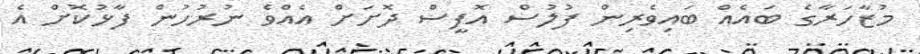
މުޒާހަރާގެ ބައެއް ބައިވެރިން ފުލުސް އޮފީސް ދޮށަށް އެއްވެ ނުރުހުން ފާޅުކޮށް އެ